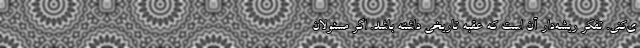
ی‌کنی. ‌تفکر ریشه‌دار آن است که عقبه تاریخی داشته باشد. اگر مسئولان